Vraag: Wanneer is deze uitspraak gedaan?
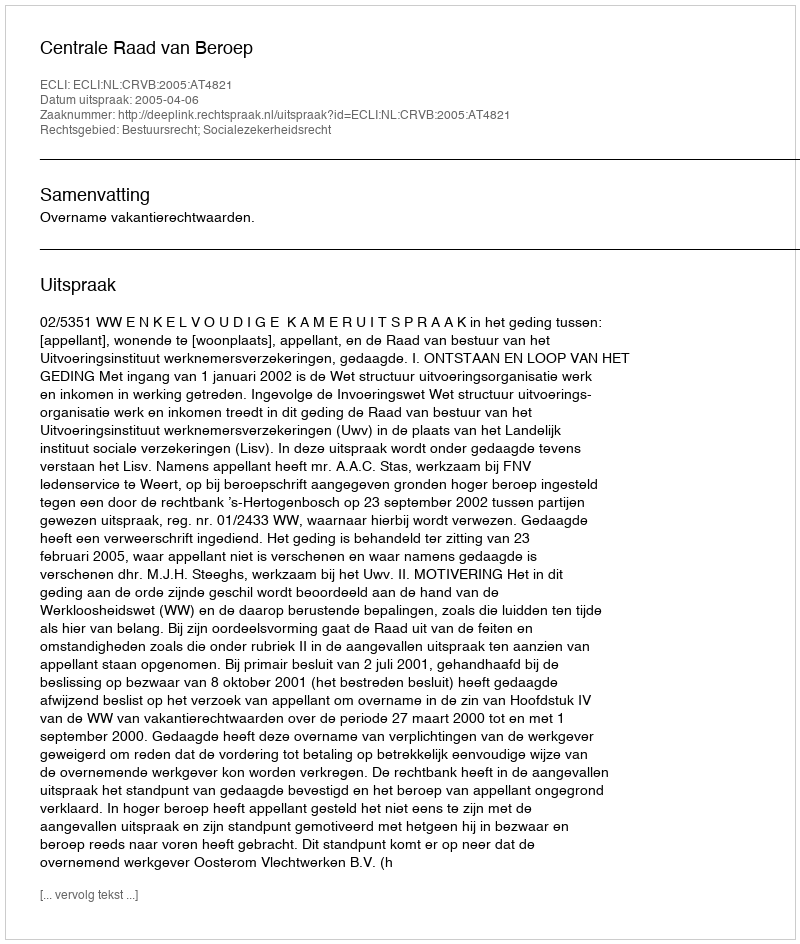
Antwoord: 2005-04-06